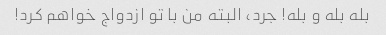
بله بله و بله! جرد، البته من با تو ازدواج خواهم کرد!